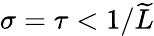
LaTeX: \sigma=\tau<1/\widetilde{L}